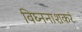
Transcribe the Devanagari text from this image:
विघ्ननाशकरं